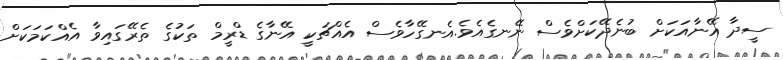
ސީދާ އޭނާއަކަށް ބުނެދޭކަށްވެސް ނޭނގެއެވެ.އެނގޭހާވެސް އެއްޗަކީ އޭނާގެ ޑްރީމް ތަކުގެ ތެރޭގައިވާ އެއްކަމަކަށް